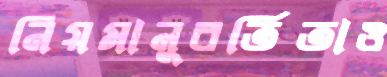
নিয়মানুবর্তিতাও